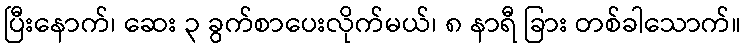
ပြီးနောက်၊ ဆေး ၃ ခွက်စာပေးလိုက်မယ်၊ ၈ နာရီ ခြား တစ်ခါသောက်။